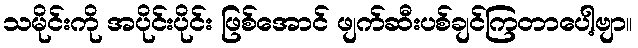
သမိုင်းကို အပိုင်းပိုင်း ဖြစ်အောင် ဖျက်ဆီးပစ်ချင်ကြတာပေါ့ဗျာ။